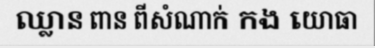
ឈ្លាន ពាន ពីសំណាក់ កង យោធា